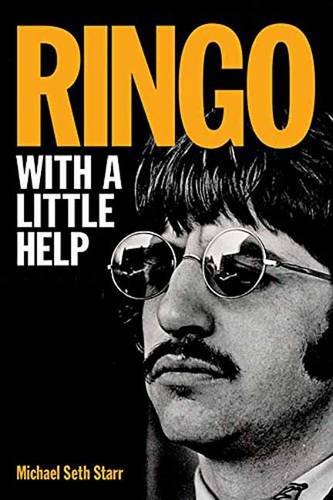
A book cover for Ringo: With a Little Help; Michael Seth Starr; Humor & Entertainment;